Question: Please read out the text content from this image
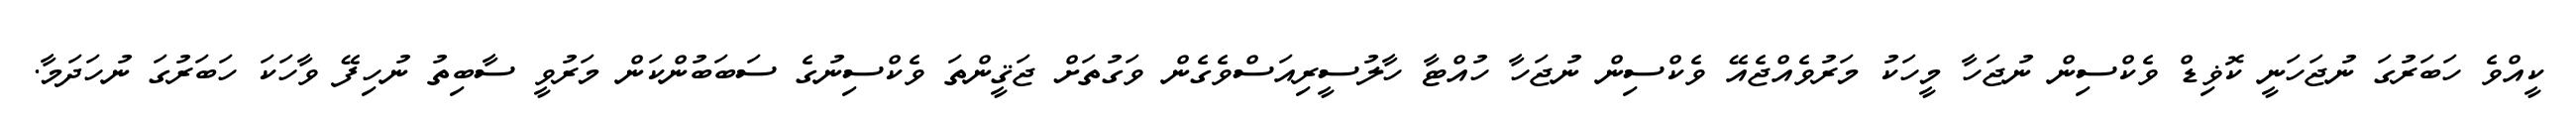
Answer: ކީއްވެ ހަބަރުގަ ނުޖަހަނީ ކޮޥިޑް ވެކްސިން ނުޖަހާ މީހަކު މަރުވެއްޖެއޭ ވެކްސިން ނުޖަހާ ހުއްޓާ ހާލުސީރިއަސްވެގެން ވަގުތަށް ޖަޤީންތަ ވެކްސިނުގެ ސަބަބުންކަން މަރުވީ ސާބިތު ނުހިފޭ ވާހަކަ ހަބަރުގަ ނުހަދަމާ.